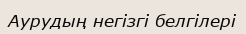
Аурудың негізгі белгілері